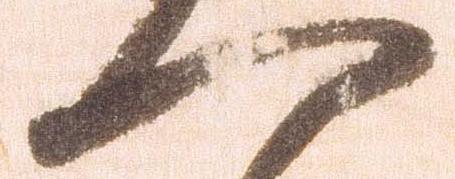
一